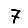
Digit: 7